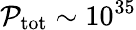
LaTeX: \mathcal{P}_{\mathrm{tot}}\sim 10^{35}